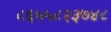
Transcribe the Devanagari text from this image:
८६५५८२३७४८